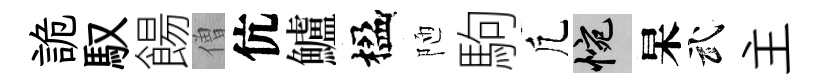
詭馭餳僧伉鱸楹陋駒凢惋杲武主